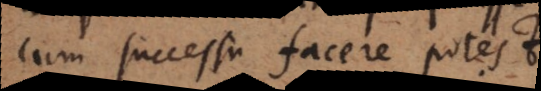
cum successu facere potest.